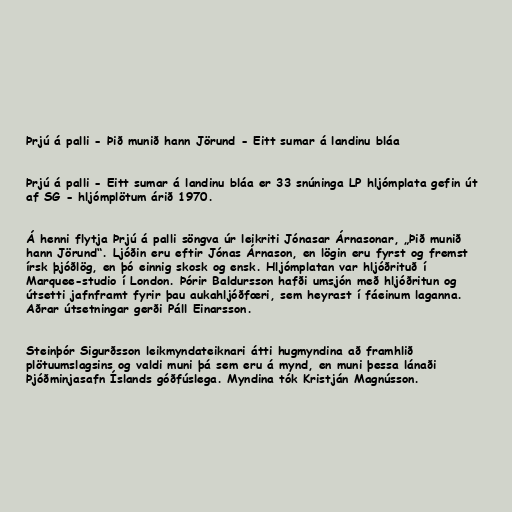
Þrjú á palli - Þið munið hann Jörund - Eitt sumar á landinu bláa

Þrjú á palli - Eitt sumar á landinu bláa er 33 snúninga LP hljómplata gefin út
af SG - hljómplötum árið 1970.

Á henni flytja Þrjú á palli söngva úr leikriti Jónasar Árnasonar, „Þið munið
hann Jörund“. Ljóðin eru eftir Jónas Árnason, en lögin eru fyrst og fremst
írsk þjóðlög, en þó einnig skosk og ensk. Hljómplatan var hljóðrituð í
Marquee-studio í London. Þórir Baldursson hafði umsjón með hljóðritun og
útsetti jafnframt fyrir þau aukahljóðfœri, sem heyrast í fáeinum laganna.
Aðrar útsetningar gerði Páll Einarsson.

Steinþór Sigurðsson leikmyndateiknari átti hugmyndina að framhlið
plötuumslagsins og valdi muni þá sem eru á mynd, en muni þessa lánaði
Þjóðminjasafn Íslands góðfúslega. Myndina tók Kristján Magnússon.